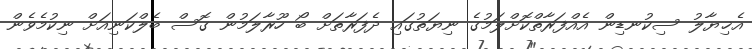
އެޚިޔާލު ސިކުނޑިން އެއްފަރާތްކޮށްލަމުގެ ނިޔަތުގައި ދެފަރާތަށް ބޯ ހޫރާލަމުން ގޮސް ބެލްކަނިއަށް ނިކުމެވެން